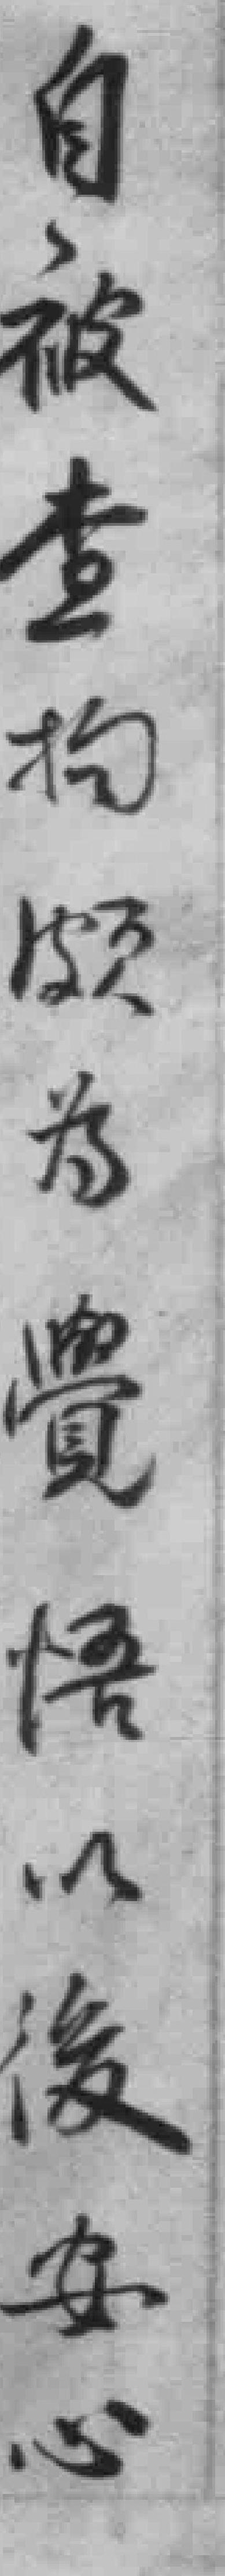
自被查拘頗為覺悟以後安心